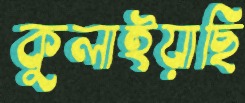
কুলাইয়াছি